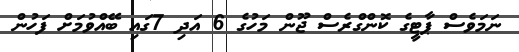
ނަމަވެސް ޕާޓީގެ ކޮންގްރެސް ޖޫން މަހުގެ 6 އަދި 7ގައި ބޭއްވުމަށް ފަހުން